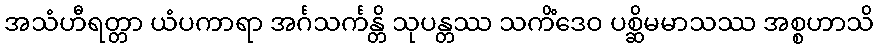
အသံဟီရတ္တာ ယံပကာရာ အင်္ဂသင်္ကန္တိ သုပန္တဿ သကိံဒေဝ ပစ္ဆိမမာသဿ အစ္စဟာသိ